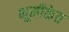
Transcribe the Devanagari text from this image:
भूमीकेत